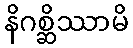
နိဂစ္ဆိဿာမိ